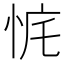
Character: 𰑛